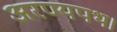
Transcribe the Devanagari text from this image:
अरण्यपथ।